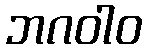
ဘဂဝါဝ